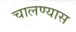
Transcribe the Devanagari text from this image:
चालण्यास